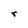
Character: r